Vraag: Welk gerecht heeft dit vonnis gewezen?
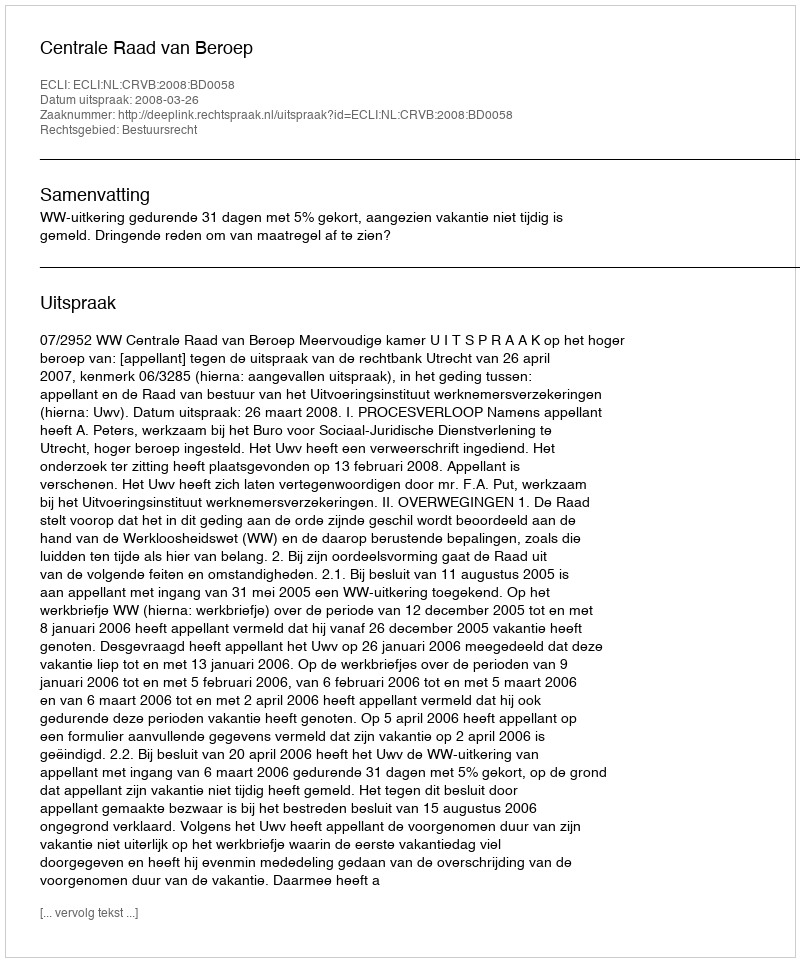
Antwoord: Centrale Raad van Beroep